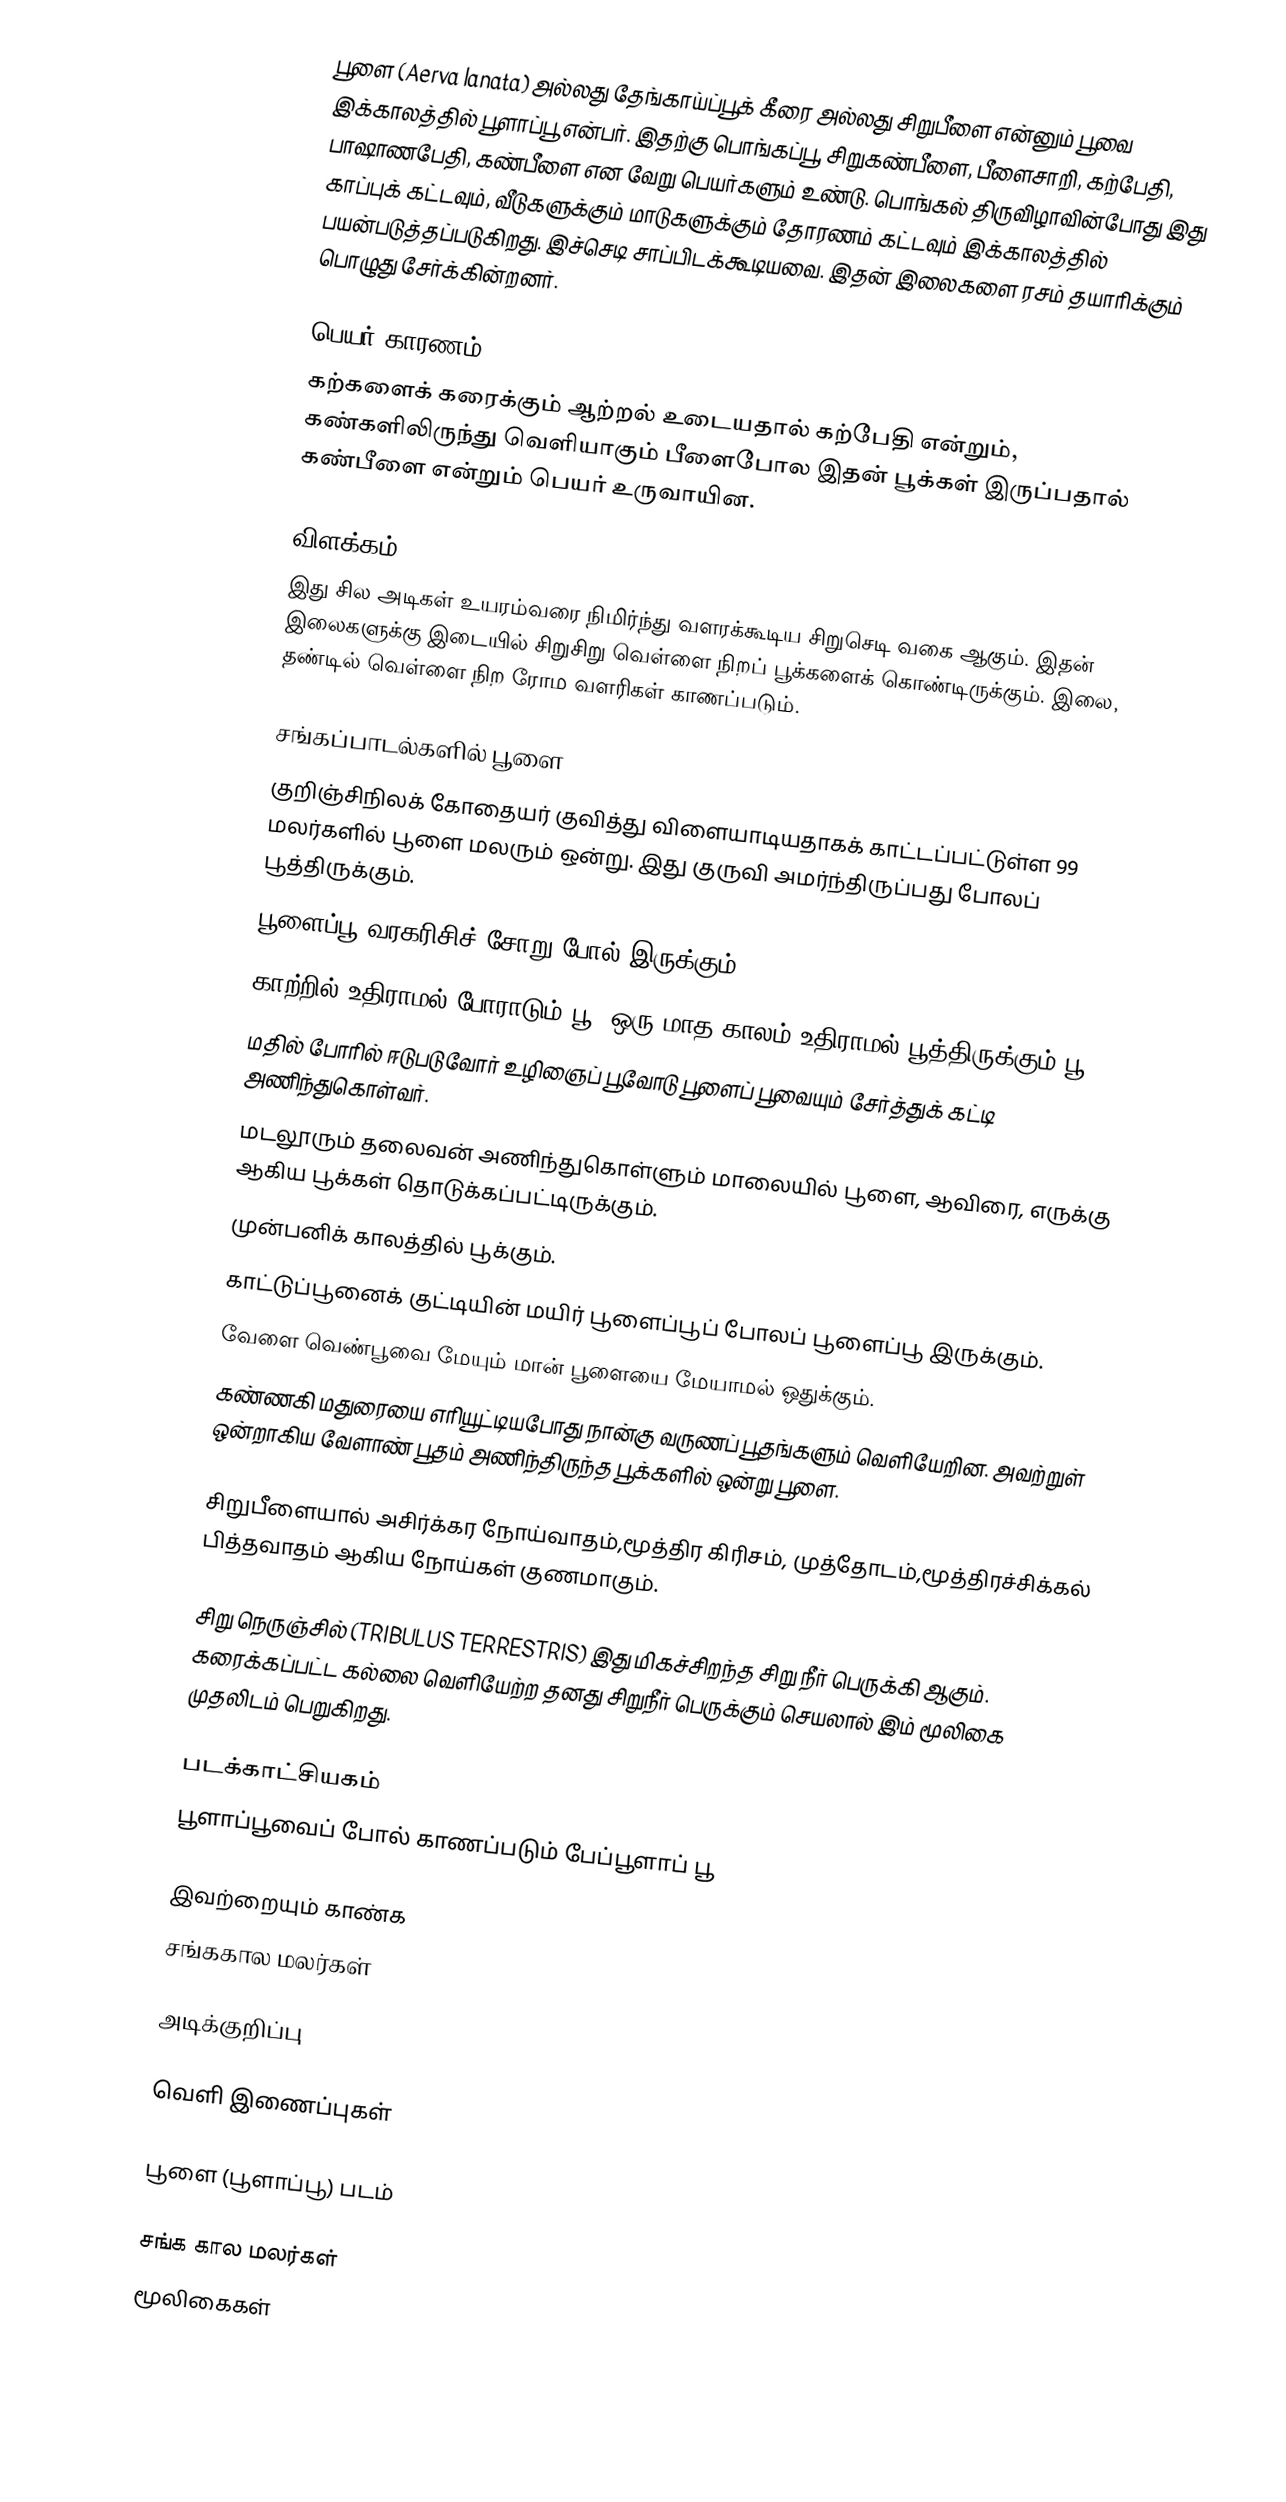
பூளை (Aerva lanata) அல்லது தேங்காய்ப்பூக் கீரை அல்லது சிறுபீளை என்னும் பூவை இக்காலத்தில் பூளாப்பூ என்பர். இதற்கு  பொங்கப்பூ, சிறுகண்பீளை, பீளைசாறி, கற்பேதி, பாஷாணபேதி, கண்பீளை என வேறு பெயர்களும் உண்டு. பொங்கல் திருவிழாவின்போது இது காப்புக் கட்டவும், வீடுகளுக்கும் மாடுகளுக்கும் தோரணம் கட்டவும் இக்காலத்தில் பயன்படுத்தப்படுகிறது. இச்செடி சாப்பிடக்கூடியவை. இதன் இலைகளை ரசம் தயாரிக்கும் பொழுது சேர்க்கின்றனர்.

பெயர் காரணம்
கற்களைக் கரைக்கும் ஆற்றல் உடையதால் கற்பேதி என்றும், கண்களிலிருந்து வெளியாகும் பீளைபோல இதன் பூக்கள் இருப்பதால் கண்பீளை என்றும் பெயர் உருவாயின.

விளக்கம்
இது சில அடிகள் உயரம்வரை நிமிர்ந்து வளரக்கூடிய சிறுசெடி வகை ஆகும். இதன் இலைகளுக்கு இடையில் சிறுசிறு வெள்ளை நிறப் பூக்களைக் கொண்டிருக்கும். இலை, தண்டில் வெள்ளை நிற ரோம வளரிகள் காணப்படும்.

சங்கப்பாடல்களில் பூளை
 குறிஞ்சிநிலக் கோதையர் குவித்து விளையாடியதாகக் காட்டப்பட்டுள்ள 99 மலர்களில் பூளை மலரும் ஒன்று. இது குருவி அமர்ந்திருப்பது போலப் பூத்திருக்கும்.
 பூளைப்பூ வரகரிசிச் சோறு போல் இருக்கும்.
 காற்றில் உதிராமல் போராடும் பூ (ஒரு மாத காலம் உதிராமல் பூத்திருக்கும் பூ)
 மதில் போரில் ஈடுபடுவோர் உழிஞைப் பூவோடு பூளைப் பூவையும் சேர்த்துக் கட்டி அணிந்துகொள்வர்.
 மடலூரும் தலைவன் அணிந்துகொள்ளும் மாலையில் பூளை, ஆவிரை, எருக்கு ஆகிய பூக்கள் தொடுக்கப்பட்டிருக்கும்.
முன்பனிக் காலத்தில் பூக்கும்.
 காட்டுப்பூனைக் குட்டியின் மயிர் பூளைப்பூப் போலப் பூளைப்பூ இருக்கும்.
 வேளை வெண்பூவை மேயும் மான் பூளையை மேயாமல் ஒதுக்கும்.
 கண்ணகி மதுரையை எரியூட்டியபோது நான்கு வருணப் பூதங்களும் வெளியேறின. அவற்றுள் ஒன்றாகிய வேளாண் பூதம் அணிந்திருந்த பூக்களில் ஒன்று பூளை.

சிறுபீளையால் அசிர்க்கர நோய்வாதம்,மூத்திர கிரிசம், முத்தோடம்,மூத்திரச்சிக்கல் பித்தவாதம் ஆகிய நோய்கள் குணமாகும்.

சிறு நெருஞ்சில் (TRIBULUS TERRESTRIS) இது மிகச்சிறந்த சிறு நீர் பெருக்கி ஆகும். கரைக்கப்பட்ட கல்லை வெளியேற்ற தனது சிறுநீர் பெருக்கும் செயலால் இம் மூலிகை முதலிடம் பெறுகிறது.

படக்காட்சியகம்
பூளாப்பூவைப் போல் காணப்படும் பேப்பூளாப் பூ

இவற்றையும் காண்க
சங்ககால மலர்கள்

அடிக்குறிப்பு

வெளி இணைப்புகள்

பூளை (பூளாப்பூ) படம்

சங்க கால மலர்கள்
மூலிகைகள்